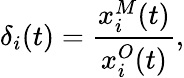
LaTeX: \delta_{i}(t)=\frac{x_{i}^{M}(t)}{x_{i}^{O}(t)},